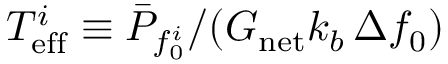
T _ { \mathrm { e f f } } ^ { i } \equiv { \bar { P } _ { f _ { 0 } ^ { i } } } / { ( G _ { \mathrm { n e t } } k _ { b } \, \Delta f _ { 0 } ) }